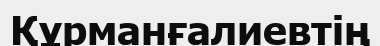
Құрманғалиевтің